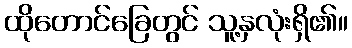
ထိုတောင်ခြေတွင် သူ့နှလုံးရှိ၏။